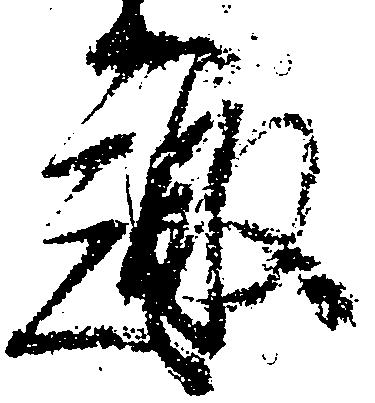
趣